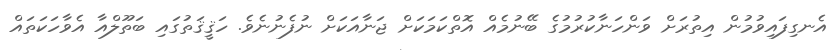
އެނގިފައިވުމުން އިތުރަށް ވަންހަނާކުރުމުގެ ބޭނުމެއް އޮތްކަމަކަށް ޖަނާއަކަށް ނުފެނުނެވެ. ހަޤީޤަތުގައި ބަތޫލްއާ އެވާހަކަތައް